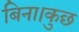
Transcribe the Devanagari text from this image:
बिना।कुछ